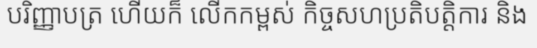
បរិញ្ញាបត្រ ហើយក៏ លើកកម្ពស់ កិច្ចសហប្រតិបត្តិការ និង